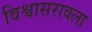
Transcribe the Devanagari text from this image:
विश्वासरावला